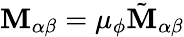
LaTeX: \mathbf{M}_{\alpha\beta}=\mu_{\phi}\tilde{{\mathbf{M}}}_{\alpha\beta}